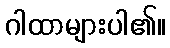
ဂါထာများပါ၏။